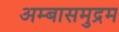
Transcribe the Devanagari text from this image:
अम्बासमुद्रम